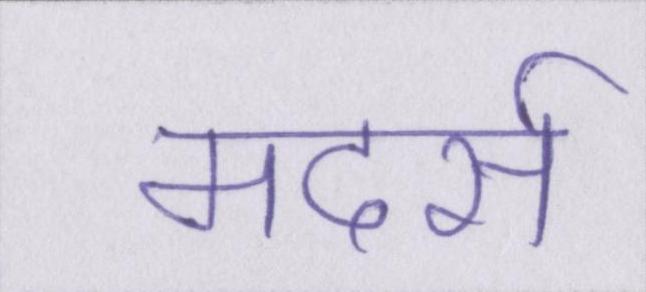
मदर्स